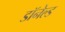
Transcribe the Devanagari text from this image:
डॉनेल्ड